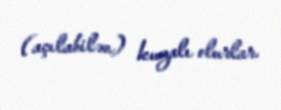
(açılabilən) kuzalı olurlar.